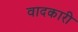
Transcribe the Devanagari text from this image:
वादकारी